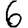
Digit: 6